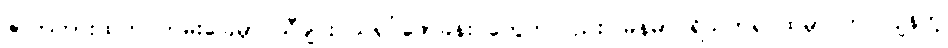
ဇာတ်ကားထဲက ကမ်းခြေမှာ သီချင်း သရုပ်ဖော်ခန်း တွေကလည်း မြန်မာပရိသတ်ရင်ထဲမှာ တင်ကျန်တဲ့